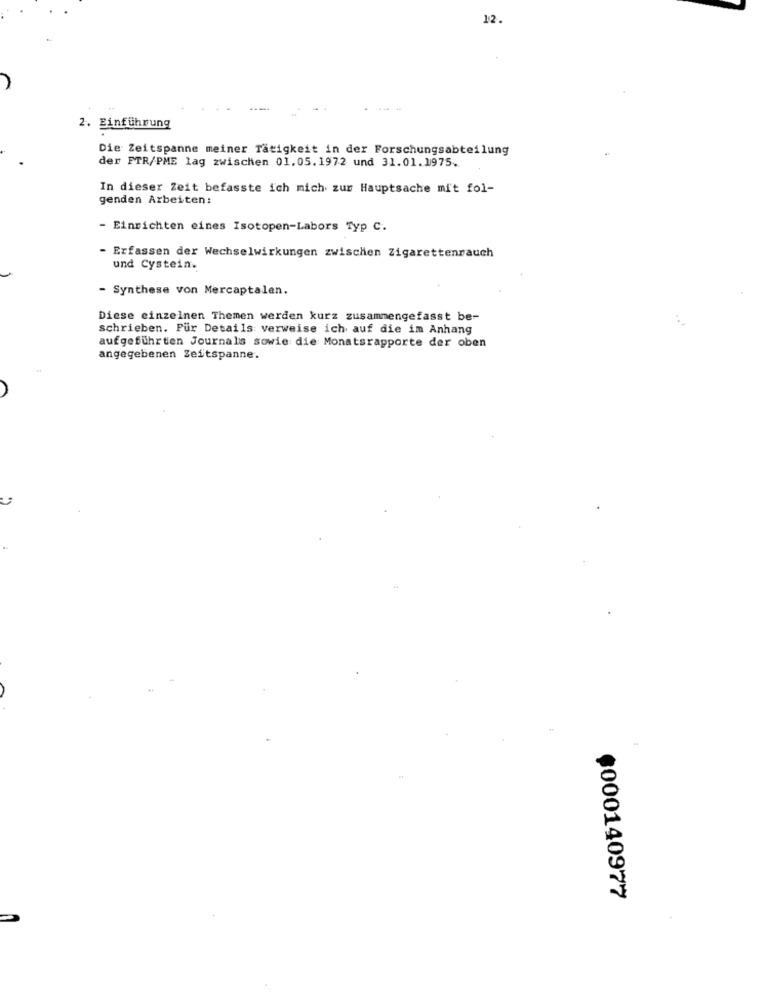
12.
2. Einführung
Die Zeitspanne meiner Tätigkeit in der Forschungsabteilung
der FTR/PME lag zwischen 01.05.1972 und 31.01.1975.
In dieser Zeit befasste ich mich zur Hauptsache mit fol-
genden Arbeiten:
- Einrichten eines Isotopen-Labors Typ C.
- Erfassen der Wechselwirkungen zwischen Zigarettenrauch
und Cystein.
- Synthese von Mercaptalen.
Diese einzelnen Themen werden kurz zusammengefasst be-
schrieben. Pür Details verweise ich auf die im Anhang
aufgeführten Journals sowie die Monatsrapporte der oben
angegebenen Zeitspanne.
$000140977